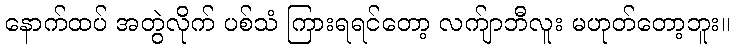
နောက်ထပ် အတွဲလိုက် ပစ်သံ ကြားရရင်တော့ လက်ျာဘီလူး မဟုတ်တော့ဘူး။